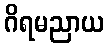
ဂိရမညာယ